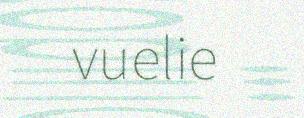
vuelie